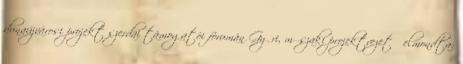
dunaújvárosi projekt szerdai támogatói fórumán Győri, műszaki projektvezető elmondta: